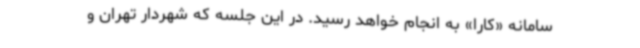
سامانه «کارا» به انجام خواهد رسید. در این جلسه که شهردار تهران و